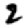
Digit: 2